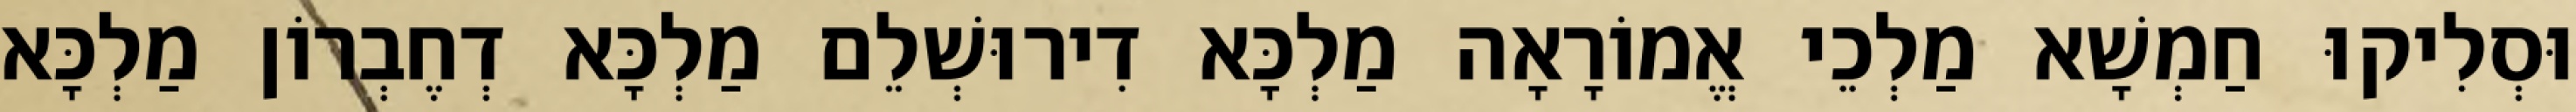
וּסְלִיקוּ חַמְשָׁא מַלְכֵי אֱמוֹרָאָה מַלְכָּא דִירוּשְׁלֵם מַלְכָּא דְחֶבְרוֹן מַלְכָּא